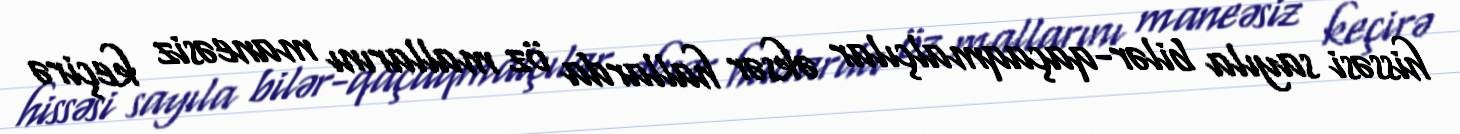
hissəsi sayıla bilər-qaçaqmalçılar əksər hallarda öz mallarını maneəsiz keçirə